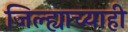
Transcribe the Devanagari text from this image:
जिल्ह्याच्याही